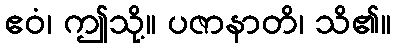
ဧဝံ၊ ဤသို့။ ပဇာနာတိ၊ သိ၏။